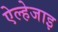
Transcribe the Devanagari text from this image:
ऐल्हेजाइ